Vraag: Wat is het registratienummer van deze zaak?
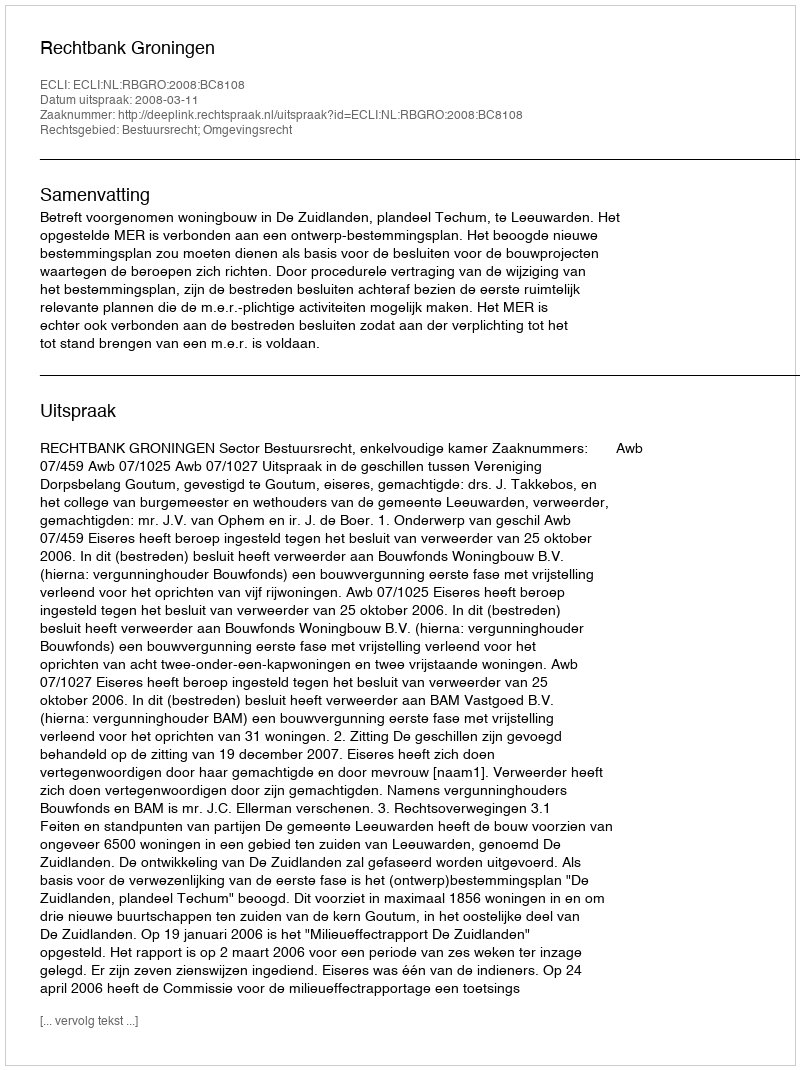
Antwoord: http://deeplink.rechtspraak.nl/uitspraak?id=ECLI:NL:RBGRO:2008:BC8108